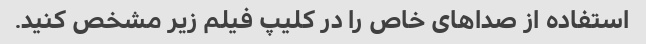
استفاده از صداهای خاص را در کلیپ فیلم زیر مشخص کنید.